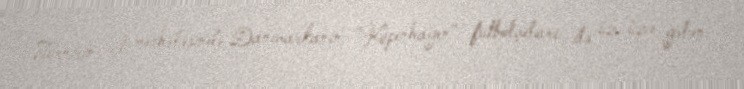
Turnirin I mərhələsində Danimarkanın "Kopenhagen" futbolçuları ilə üz-üzə gələn